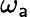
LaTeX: \omega_{\mathsf{a}}